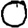
Digit: 0